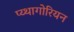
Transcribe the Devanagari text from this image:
प्य्थागोरियन